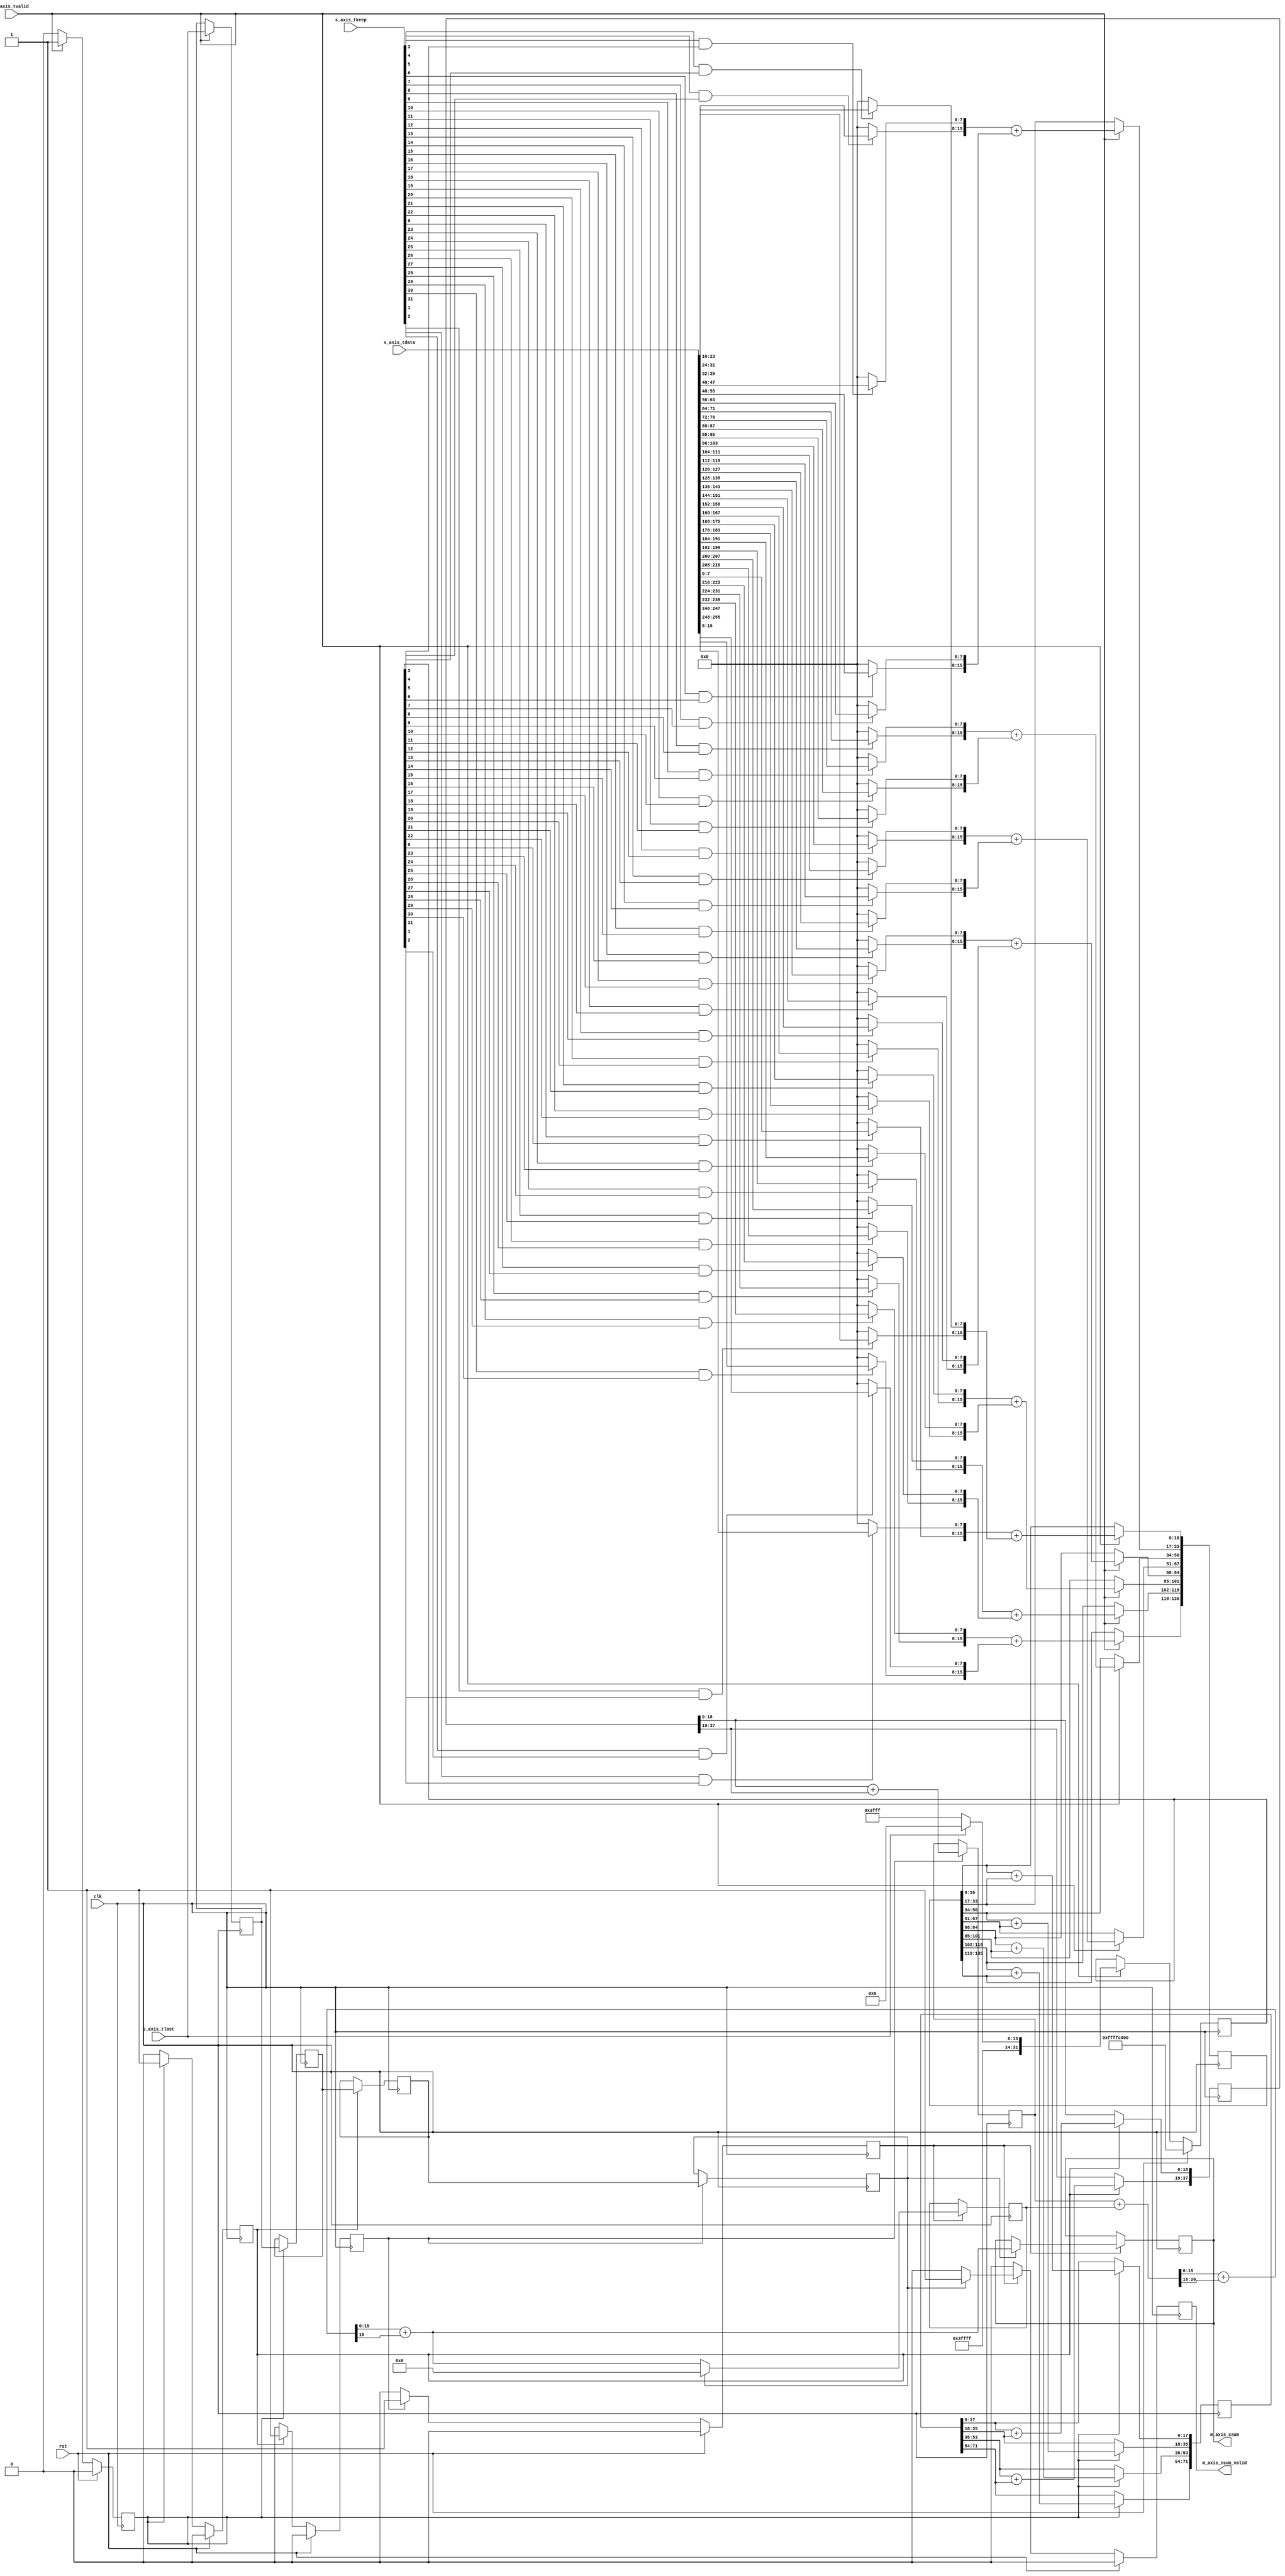
/*

Copyright 2019, The Regents of the University of California.
All rights reserved.

Redistribution and use in source and binary forms, with or without
modification, are permitted provided that the following conditions are met:

   1. Redistributions of source code must retain the above copyright notice,
      this list of conditions and the following disclaimer.

   2. Redistributions in binary form must reproduce the above copyright notice,
      this list of conditions and the following disclaimer in the documentation
      and/or other materials provided with the distribution.

THIS SOFTWARE IS PROVIDED BY THE REGENTS OF THE UNIVERSITY OF CALIFORNIA ''AS
IS'' AND ANY EXPRESS OR IMPLIED WARRANTIES, INCLUDING, BUT NOT LIMITED TO, THE
IMPLIED WARRANTIES OF MERCHANTABILITY AND FITNESS FOR A PARTICULAR PURPOSE ARE
DISCLAIMED. IN NO EVENT SHALL THE REGENTS OF THE UNIVERSITY OF CALIFORNIA OR
CONTRIBUTORS BE LIABLE FOR ANY DIRECT, INDIRECT, INCIDENTAL, SPECIAL,
EXEMPLARY, OR CONSEQUENTIAL DAMAGES (INCLUDING, BUT NOT LIMITED TO, PROCUREMENT
OF SUBSTITUTE GOODS OR SERVICES; LOSS OF USE, DATA, OR PROFITS; OR BUSINESS
INTERRUPTION) HOWEVER CAUSED AND ON ANY THEORY OF LIABILITY, WHETHER IN
CONTRACT, STRICT LIABILITY, OR TORT (INCLUDING NEGLIGENCE OR OTHERWISE) ARISING
IN ANY WAY OUT OF THE USE OF THIS SOFTWARE, EVEN IF ADVISED OF THE POSSIBILITY
OF SUCH DAMAGE.

The views and conclusions contained in the software and documentation are those
of the authors and should not be interpreted as representing official policies,
either expressed or implied, of The Regents of the University of California.

*/

// Language: Verilog 2001

`resetall
`timescale 1ns / 1ps
`default_nettype none

/*
 * Receive checksum offload module
 */
module rx_checksum #
(
    // Width of AXI stream interfaces in bits
    parameter DATA_WIDTH = 256,
    // AXI stream tkeep signal width (words per cycle)
    parameter KEEP_WIDTH = (DATA_WIDTH/8),
    // Checksum start offset
    parameter START_OFFSET = 14
)
(
    input  wire                   clk,
    input  wire                   rst,

    /*
     * AXI input
     */
    input  wire [DATA_WIDTH-1:0]  s_axis_tdata,
    input  wire [KEEP_WIDTH-1:0]  s_axis_tkeep,
    input  wire                   s_axis_tvalid,
    input  wire                   s_axis_tlast,

    /*
     * Checksum output
     */
    output wire [15:0]            m_axis_csum,
    output wire                   m_axis_csum_valid
);

parameter LEVELS = $clog2(DATA_WIDTH/8);
parameter OFFSET_WIDTH = START_OFFSET/KEEP_WIDTH > 1 ? $clog2(START_OFFSET/KEEP_WIDTH) : 1;

// bus width assertions
initial begin
    if (KEEP_WIDTH * 8 != DATA_WIDTH) begin
        $error("Error: AXI stream interface requires byte (8-bit) granularity (instance %m)");
        $finish;
    end
end

reg [OFFSET_WIDTH-1:0] offset_reg = START_OFFSET/KEEP_WIDTH;
reg [KEEP_WIDTH-1:0] mask_reg = {KEEP_WIDTH{1'b1}} << START_OFFSET;
reg [DATA_WIDTH-1:0] s_axis_tdata_masked;

reg [DATA_WIDTH-1:0] sum_reg[LEVELS-2:0];
reg [LEVELS-2:0] sum_valid_reg = 0;
reg [LEVELS-2:0] sum_last_reg = 0;

reg [16+LEVELS-1:0] sum_acc_temp = 0;
reg [15:0] sum_acc_reg = 0;

reg [15:0] m_axis_csum_reg = 0;
reg m_axis_csum_valid_reg = 1'b0;

assign m_axis_csum = m_axis_csum_reg;
assign m_axis_csum_valid = m_axis_csum_valid_reg;

// Mask input data
integer j;

always @* begin
    for (j = 0; j < KEEP_WIDTH; j = j + 1) begin
        s_axis_tdata_masked[j*8 +: 8] = (s_axis_tkeep[j] && mask_reg[j]) ? s_axis_tdata[j*8 +: 8] : 8'd0;
    end
end

integer i;

always @(posedge clk) begin
    sum_valid_reg[0] <= 1'b0;

    if (s_axis_tvalid) begin
        for (i = 0; i < DATA_WIDTH/8/4; i = i + 1) begin
            sum_reg[0][i*17 +: 17] <= {s_axis_tdata_masked[(4*i+0)*8 +: 8], s_axis_tdata_masked[(4*i+1)*8 +: 8]} + {s_axis_tdata_masked[(4*i+2)*8 +: 8], s_axis_tdata_masked[(4*i+3)*8 +: 8]};
        end
        sum_valid_reg[0] <= 1'b1;
        sum_last_reg[0] <= s_axis_tlast;

        if (s_axis_tlast) begin
            offset_reg <= START_OFFSET/KEEP_WIDTH;
            mask_reg <= {KEEP_WIDTH{1'b1}} << START_OFFSET;
        end else if (START_OFFSET < KEEP_WIDTH || offset_reg == 0) begin
            mask_reg <= {KEEP_WIDTH{1'b1}};
        end else begin
            offset_reg <= offset_reg - 1;
            if (offset_reg == 1) begin
                mask_reg <= {KEEP_WIDTH{1'b1}} << (START_OFFSET%KEEP_WIDTH);
            end else begin
                mask_reg <= {KEEP_WIDTH{1'b0}};
            end
        end
    end

    if (rst) begin
        offset_reg <= START_OFFSET/KEEP_WIDTH;
        mask_reg <= {KEEP_WIDTH{1'b1}} << START_OFFSET;
        sum_valid_reg[0] <= 1'b0;
    end
end

generate

    genvar l;

    for (l = 1; l < LEVELS-1; l = l + 1) begin

        always @(posedge clk) begin
            sum_valid_reg[l] <= 1'b0;

            if (sum_valid_reg[l-1]) begin
                for (i = 0; i < DATA_WIDTH/8/4/2**l; i = i + 1) begin
                    sum_reg[l][i*(17+l) +: (17+l)] <= sum_reg[l-1][(i*2+0)*(17+l-1) +: (17+l-1)] + sum_reg[l-1][(i*2+1)*(17+l-1) +: (17+l-1)];
                end
                sum_valid_reg[l] <= 1'b1;
                sum_last_reg[l] <= sum_last_reg[l-1];
            end

            if (rst) begin
                sum_valid_reg[l] <= 1'b0;
            end
        end

    end

endgenerate

always @(posedge clk) begin
    m_axis_csum_valid_reg <= 1'b0;

    if (sum_valid_reg[LEVELS-2]) begin
        sum_acc_temp = sum_reg[LEVELS-2][16+LEVELS-1-1:0] + sum_acc_reg;
        sum_acc_temp = sum_acc_temp[15:0] + (sum_acc_temp >> 16);
        sum_acc_temp = sum_acc_temp[15:0] + sum_acc_temp[16];

        if (sum_last_reg[LEVELS-2]) begin
            m_axis_csum_reg <= sum_acc_temp;
            m_axis_csum_valid_reg <= 1'b1;
            sum_acc_reg <= 0;
        end else begin
            sum_acc_reg <= sum_acc_temp;
        end
    end

    if (rst) begin
        m_axis_csum_valid_reg <= 1'b0;
    end
end

endmodule

`resetall